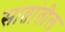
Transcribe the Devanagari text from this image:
सातांतील